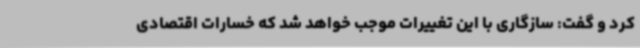
کرد و گفت: سازگاری با این تغییرات موجب خواهد شد که خسارات اقتصادی